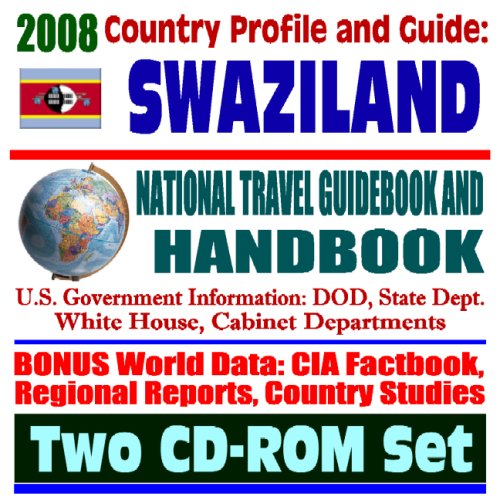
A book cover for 2008 Country Profile and Guide to Swaziland - National Travel Guidebook and Handbook - African Tickbite Fever, USAID Reports, Conflict Diamonds (Two CD-ROM Set); U.S. Government; Travel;